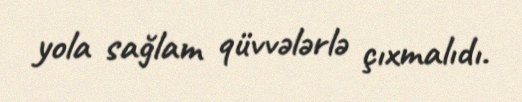
yola sağlam qüvvələrlə çıxmalıdı.